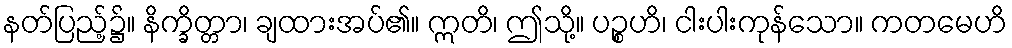
နတ်ပြည့်၌။ နိက္ခိတ္တာ၊ ချထားအပ်၏။ ဣတိ၊ ဤသို့။ ပဉ္စဟိ၊ ငါးပါးကုန်သော။ ကတမေဟိ